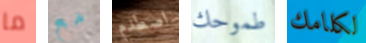
ما مع اصطدم طموحك لكلامك